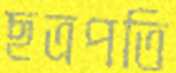
ছত্রপতি